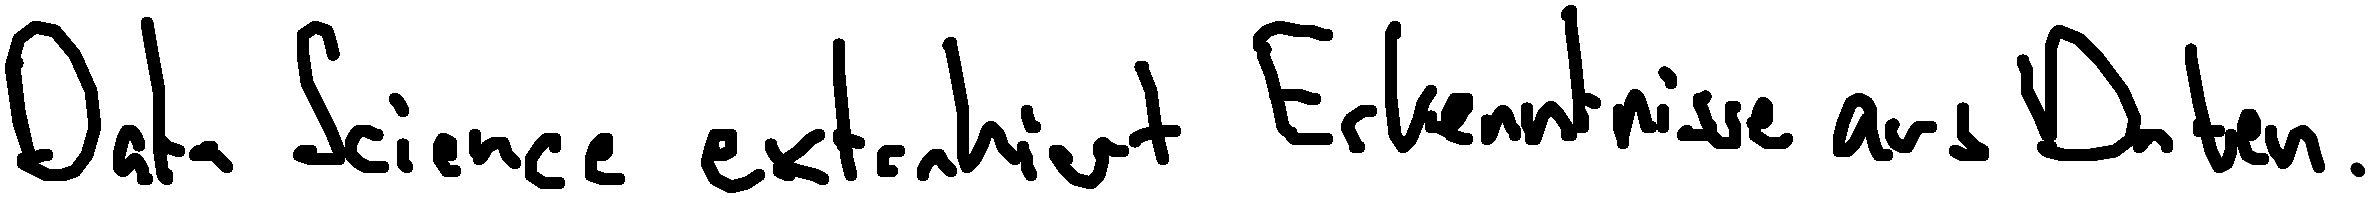
Data Science extrahiert Erkenntnisse aus Daten.